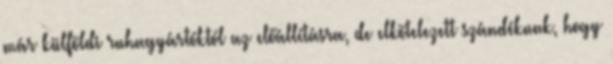
már külföldi ruhagyártóktól az előállításra, de elkötelezett szándékunk, hogy